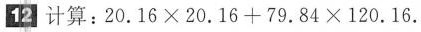
12 计算：$$20.16×20.16＋79.84×120.16$$.